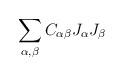
LaTeX: \begin{align*}\sum_{\alpha,\beta} C_{\alpha\beta} J_{\alpha}J_{\beta}\end{align*}